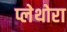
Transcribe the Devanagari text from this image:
प्लेथोरा